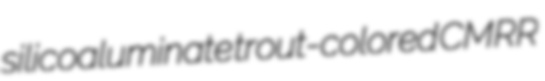
silicoaluminate trout-colored CMRR